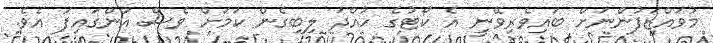
މުވައްޒަފުންނަށް ބައިވެރިވޭނީ އެ ކޯޓުގެ ހުއްދަ ލިބިގެން ކަމަށް ވެސް އަންގައިފަ އެވެ.